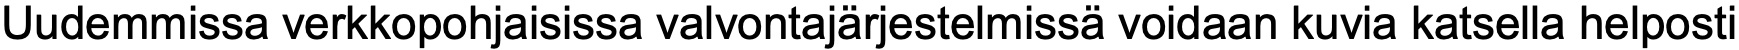
Uudemmissa verkkopohjaisissa valvontajärjestelmissä voidaan kuvia katsella helposti